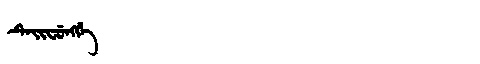
Manchu: ᡨᡝᡳᠸᡠᠩᡤᡝ
Romanization: TEIFUNGGE